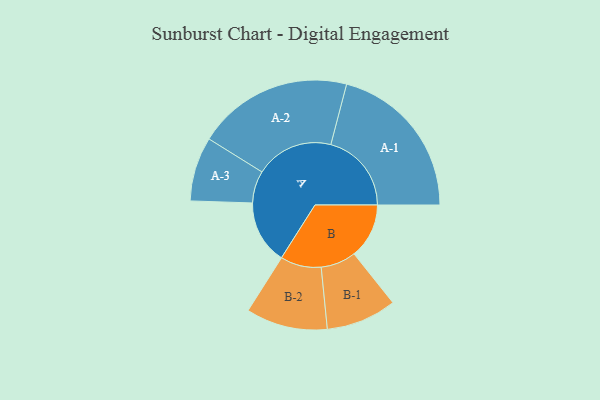
{"axis": {"x": "Segment", "y": "Value"}, "legend": ["", "A", "B"], "data": [{"x": "A", "y": 206, "type": ""}, {"x": "B", "y": 178, "type": ""}, {"x": "A-1", "y": 261, "type": "A"}, {"x": "A-2", "y": 252, "type": "A"}, {"x": "A-3", "y": 104, "type": "A"}, {"x": "B-1", "y": 114, "type": "B"}, {"x": "B-2", "y": 132, "type": "B"}]}